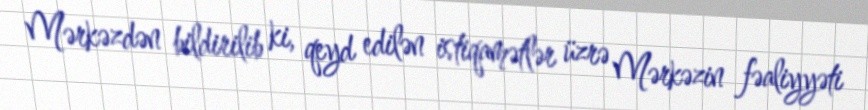
Mərkəzdən bildirilib ki, qeyd edilən istiqamətlər üzrə Mərkəzin fəaliyyəti